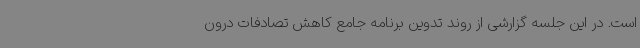
است. در این جلسه گزارشی از روند تدوین برنامه جامع کاهش تصادفات درون